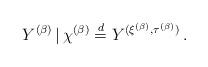
LaTeX: \begin{align*}Y^{(\beta)} \,|\, \chi^{(\beta)} \overset{d}{=} Y^{(\xi^{(\beta)}, \tau^{(\beta)})} \,.\end{align*}